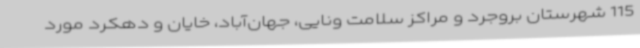
115 شهرستان بروجرد و مراکز سلامت ونایی، جهان‌آباد، خایان و دهکرد مورد